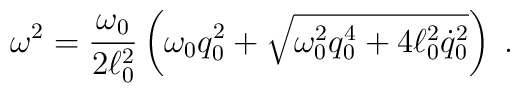
\omega^2 = {\omega_0 \over 2 \ell_0^2} \left(\omega_0 q_0^2 + \sqrt{\omega_0^2 q_0^4 +  4 \ell_0^2 \dot{q}_0^2 }\right) \; .